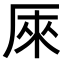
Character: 𠩬